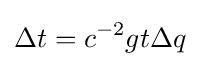
\Delta t=c^{-2}gt\Delta q